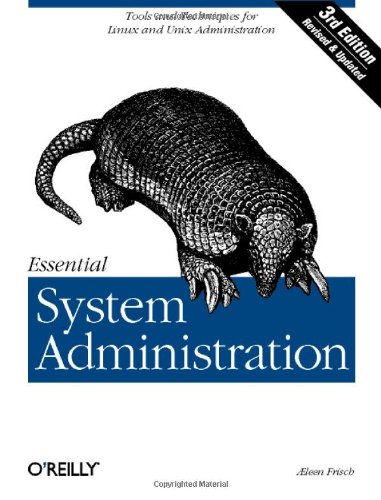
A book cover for Essential System Administration: Tools and Techniques for Linux and Unix Administration, 3rd Edition; ÃEleen Frisch; Computers & Technology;